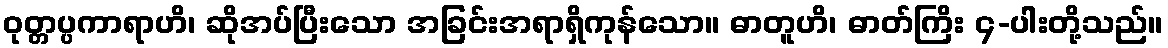
ဝုတ္တပ္ပကာရာဟိ၊ ဆိုအပ်ပြီးသော အခြင်းအရာရှိကုန်သော။ ဓာတူဟိ၊ ဓာတ်ကြိး ၄-ပါးတို့သည်။